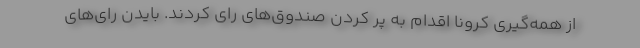
از همه‌گیری کرونا اقدام به پر کردن صندوق‌های رای کردند. بایدن رای‌های